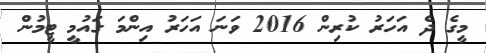
މީގެ ދެ އަހަރު ކުރިން 2016 ވަނަ އަހަރު އިންމަ ގައުމީ ޓީމުން